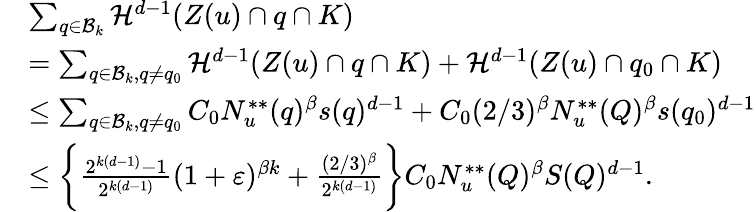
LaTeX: \begin{array}{rl}&{\sum_{q\in\mathcal{B}_{k}}\mathcal{H}^{d-1}(Z(u)\cap q\cap K)}\\ &{=\sum_{q\in\mathcal{B}_{k},q\neq q_{0}}\mathcal{H}^{d-1}(Z(u)\cap q\cap K)+\mathcal{H}^{d-1}(Z(u)\cap q_{0}\cap K)}\\ &{\le\sum_{q\in\mathcal{B}_{k},q\neq q_{0}}C_{0}N_{u}^{**}(q)^{\beta}s(q)^{d-1}+C_{0}(2/3)^{\beta}N_{u}^{**}(Q)^{\beta}s(q_{0})^{d-1}}\\ &{\le\bigg\{ \frac{2^{k(d-1)}-1}{2^{k(d-1)}}(1+\varepsilon)^{\beta k}+\frac{(2/3)^{\beta}}{2^{k(d-1)}}\bigg\} C_{0}N_{u}^{**}(Q)^{\beta}S(Q)^{d-1}.}\end{array}